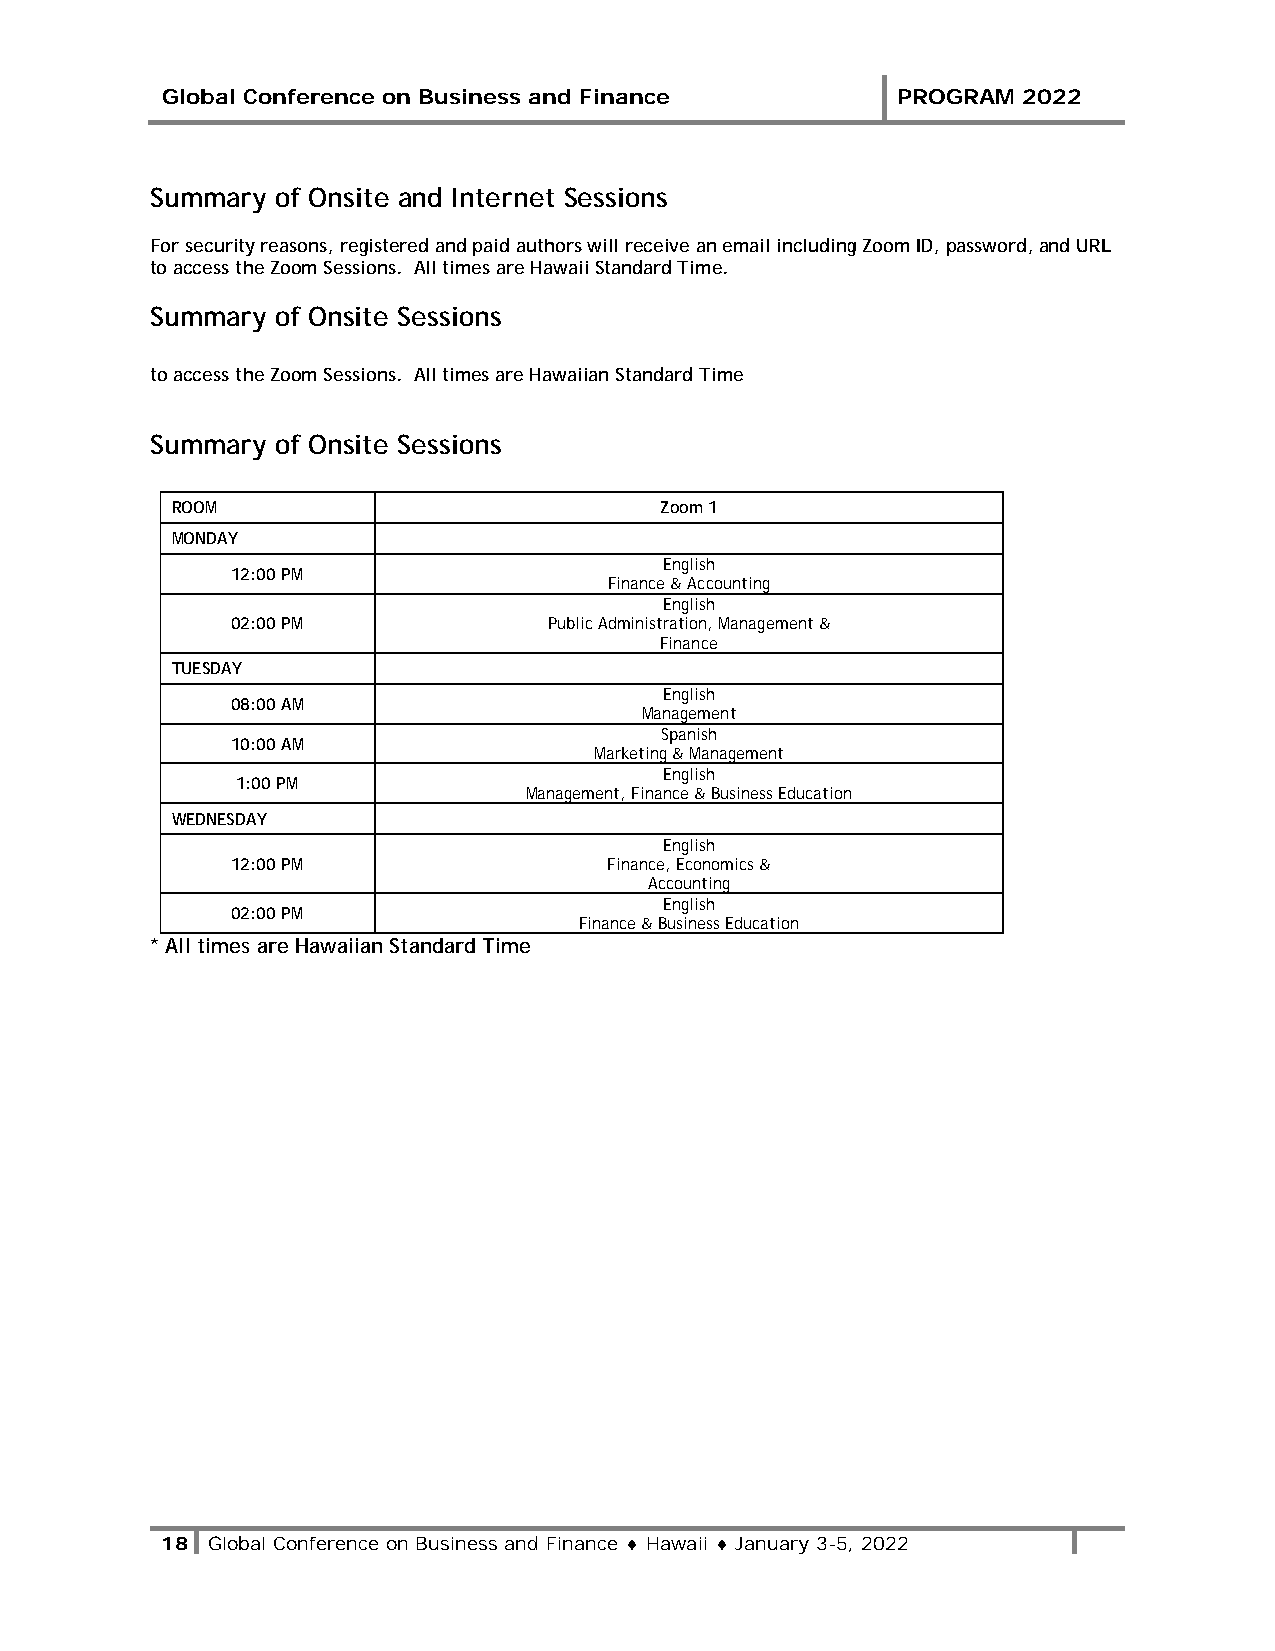
Global Conference on Business and Finance       PROGRAM  2022
 Summary of Onsite and Internet Sessions
 For security reasons, registered and paid authors will receive an email including Zoom ID, password, and URL
 to access the Zoom Sessions. All times are Hawaii Standard Time.
 Summary of Onsite Sessions
 to access the Zoom Sessions. All times are Hawaiian Standard Time
 Summary of Onsite Sessions
 ROOM                             Zoom 1
 MONDAY
 English
 12:00 PM
 Finance & Accounting
 English
 02:00 PM             Public Administration, Management &
 Finance
 TUESDAY
 English
 08:00 AM
 Management
 Spanish
 10:00 AM
 Marketing & Management
 English
 1:00 PM
 Management, Finance & Business Education
 WEDNESDAY
 English
 12:00 PM                 Finance, Economics &
 Accounting
 English
 02:00 PM
 Finance & Business Education
 * All times are Hawaiian Standard Time
 18 Global Conference on Business and Finance ♦ Hawaii ♦ January 3-5, 2022